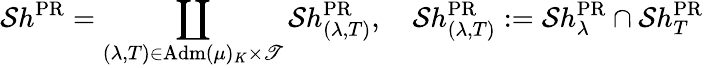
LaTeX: \mathcal{S}h^{\mathrm{PR}}=\coprod_{(\lambda,T)\in\mathrm{Adm}(\mu)_{K}\times\mathscr{T}}\mathcal{S}h_{(\lambda,T)}^{\mathrm{PR}},\ \ \ \ \mathcal{S}h_{(\lambda,T)}^{\mathrm{PR}}:=\mathcal{S}h_{\lambda}^{\mathrm{PR}}\cap\mathcal{S}h_{T}^{\mathrm{PR}}